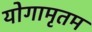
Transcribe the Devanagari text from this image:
योगामृतम